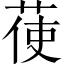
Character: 𦲺